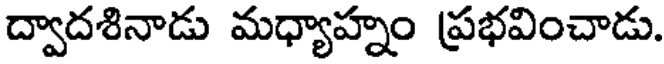
ద్వాదశినాడు మధ్యాహ్నం ప్రభవించాడు.